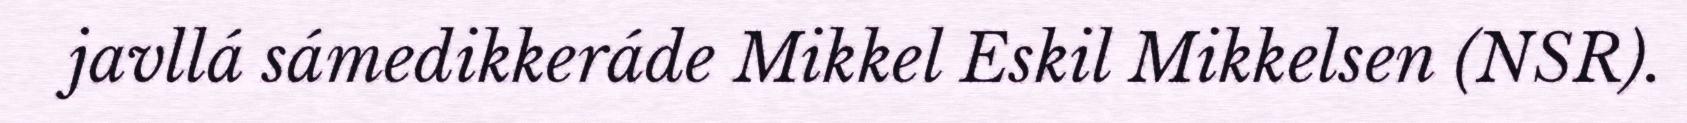
javllá sámedikkeráde Mikkel Eskil Mikkelsen (NSR).